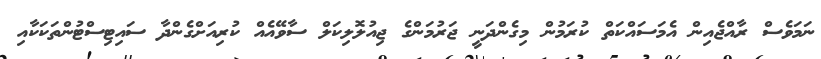
ނަމަވެސް ރާއްޖެއިން އެމަސައްކަތް ކުރަމުން މިގެންދަނީ ޖަރުމަންގެ ޖިއުލޮލިކަލް ސާވޭއެއް ކުރިއަށްގެންދާ ސައިޓިސްޓުންތަކަކާއި